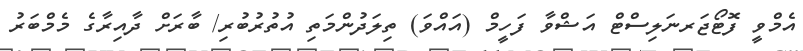
އެމްވީ ފޮޓޯޖަރނަލިސްޓް އަޝްވާ ފަހީމް (އައްވަ) ތިލަދުންމަތި އުތުރުބުރި/ ބާރަށް ދާއިރާގެ މެމްބަރު